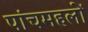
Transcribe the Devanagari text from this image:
पांचमहलों